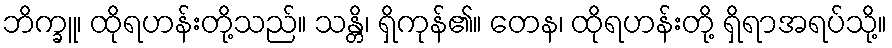
ဘိက္ခူ၊ ထိုရဟန်းတို့သည်။ သန္တိ၊ ရှိကုန်၏။ တေန၊ ထိုရဟန်းတို့ ရှိရာအရပ်သို့။